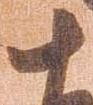
十